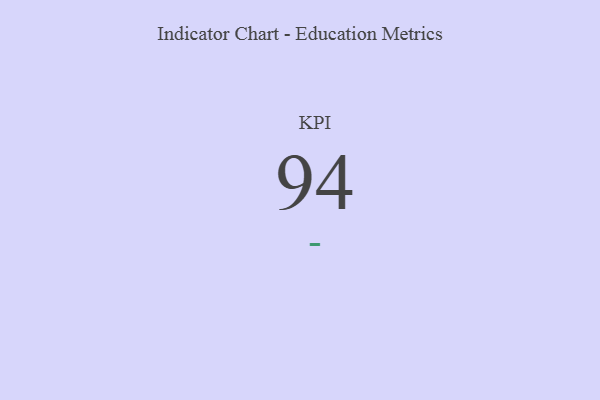
{"axis": {"x": "KPI", "y": "Value"}, "legend": [""], "data": [{"x": "KPI", "y": 94, "type": ""}]}